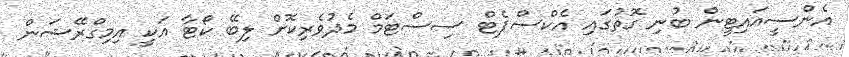
އެންސީއައިޓީން ބުނި ގޮތުގައި އެކްސްޕެޓް ސިސްޓަމް މެދުވެރިކޮށް ލިބޭ ކޯޓާ އަކީ އިމިގްރޭޝަން